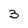
Character: 3